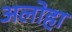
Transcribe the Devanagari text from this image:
अलोहा